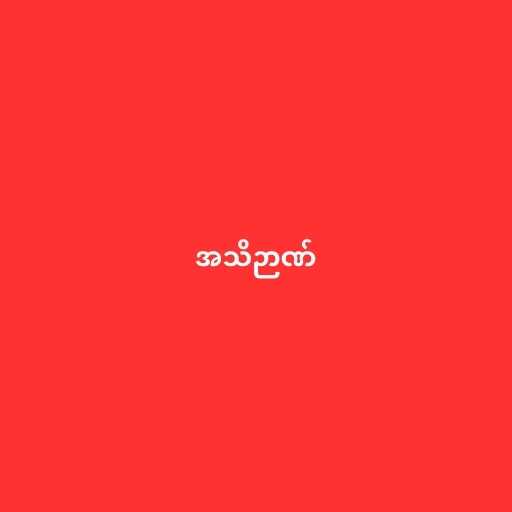
အသိဉာဏ်